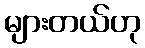
များတယ်ဟု